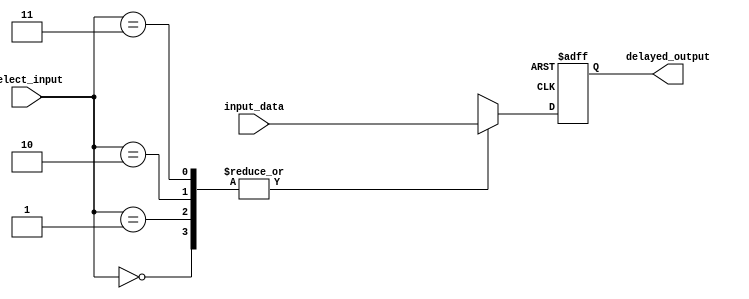
module Timing_Control_and_Synchronization_Multiplexer_Delay (
    input [7:0] input_data,
    input [1:0] select_input,
    output reg [7:0] delayed_output
);

always @ (posedge clk or negedge rst) begin
    if (~rst) begin
        delayed_output <= 8'b00000000; // Initialize output to zero on reset
    end else begin
        case (select_input)
            2'b00: delayed_output <= #10 input_data; // Delay input_data by 10 time units
            2'b01: delayed_output <= #20 input_data; // Delay input_data by 20 time units
            2'b10: delayed_output <= #30 input_data; // Delay input_data by 30 time units
            2'b11: delayed_output <= #40 input_data; // Delay input_data by 40 time units
            default: delayed_output <= input_data; // No delay
        endcase
    end
end

endmodule